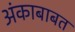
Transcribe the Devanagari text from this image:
अंकाबाबत